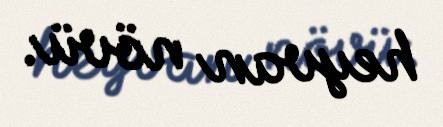
heyvan növü.